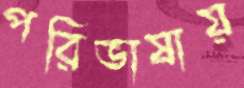
পরিভাষায়